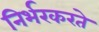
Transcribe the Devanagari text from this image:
निर्भरकरते